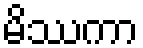
မိဿကာ